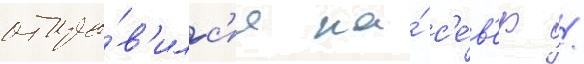
отпра́в'илс'я на́ с'е́в'ер /